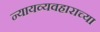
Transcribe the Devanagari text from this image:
न्यायव्यवहाराच्या